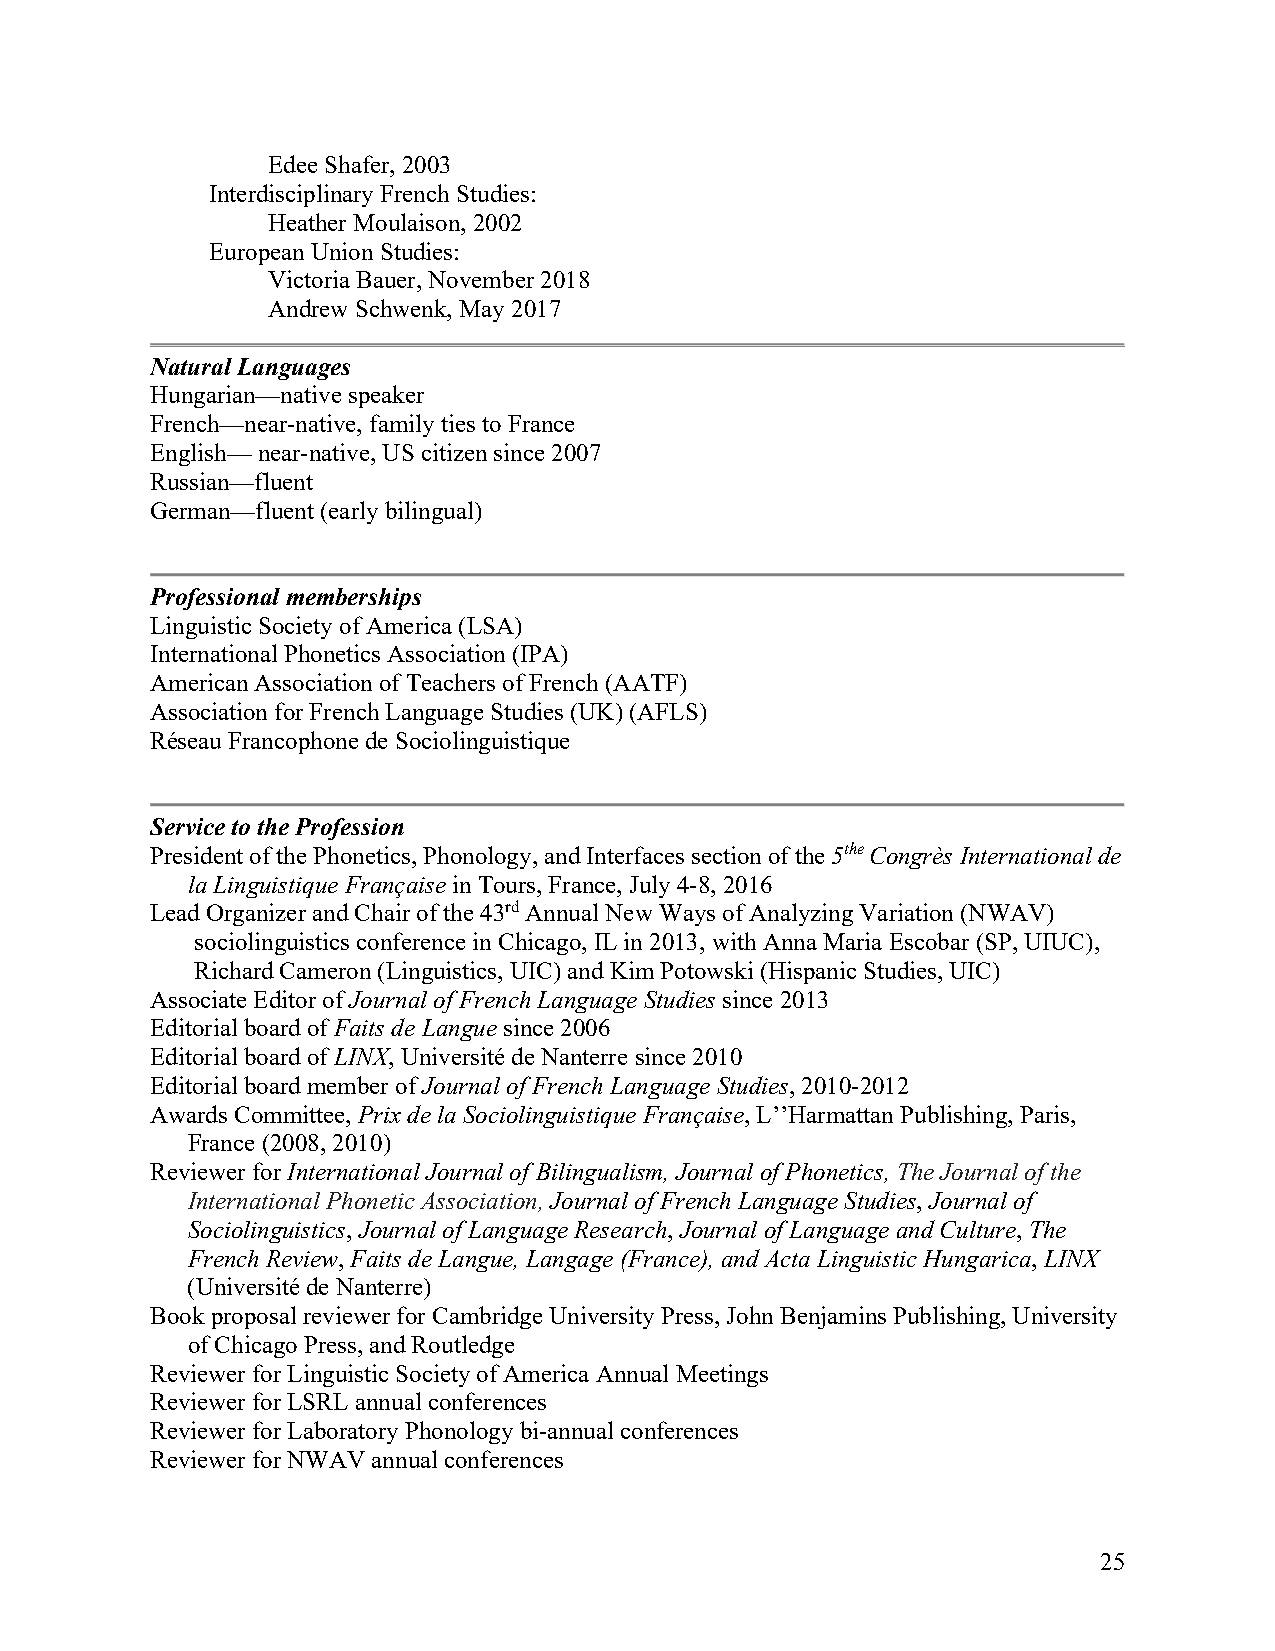
Edee Shafer, 2003
 Interdisciplinary French Studies:
 Heather Moulaison, 2002
 European Union Studies:
 Victoria Bauer, November 2018
 Andrew Schwenk, May 2017
 Natural Languages
 Hungarian—native speaker
 French—near-native, family ties to France
 English— near-native, US citizen since 2007
 Russian—fluent
 German—fluent (early bilingual)
 Professional memberships
 Linguistic Society of America (LSA)
 International Phonetics Association (IPA)
 American Association of Teachers of French (AATF)
 Association for French Language Studies (UK) (AFLS)
 Réseau Francophone de Sociolinguistique
 Service to the Profession
 President of the Phonetics, Phonology, and Interfaces section of the 5the Congrès International de
 la Linguistique Française in Tours, France, July 4-8, 2016
 Lead Organizer and Chair of the 43rd Annual New Ways of Analyzing Variation (NWAV)
 sociolinguistics conference in Chicago, IL in 2013, with Anna Maria Escobar (SP, UIUC),
 Richard Cameron (Linguistics, UIC) and Kim Potowski (Hispanic Studies, UIC)
 Associate Editor of Journal of French Language Studies since 2013
 Editorial board of Faits de Langue since 2006
 Editorial board of LINX, Université de Nanterre since 2010
 Editorial board member of Journal of French Language Studies, 2010-2012
 Awards Committee, Prix de la Sociolinguistique Française, L’’Harmattan Publishing, Paris,
 France (2008, 2010)
 Reviewer for International Journal of Bilingualism, Journal of Phonetics, The Journal of the
 International Phonetic Association, Journal of French Language Studies, Journal of
 Sociolinguistics, Journal of Language Research, Journal of Language and Culture, The
 French Review, Faits de Langue, Langage (France), and Acta Linguistic Hungarica, LINX
 (Université de Nanterre)
 Book proposal reviewer for Cambridge University Press, John Benjamins Publishing, University
 of Chicago Press, and Routledge
 Reviewer for Linguistic Society of America Annual Meetings
 Reviewer for LSRL annual conferences
 Reviewer for Laboratory Phonology bi-annual conferences
 Reviewer for NWAV annual conferences
 25